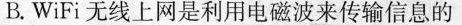
B.WiFi无线上网是利用电磁波来传输信息的